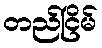
တည်ငြိမ်